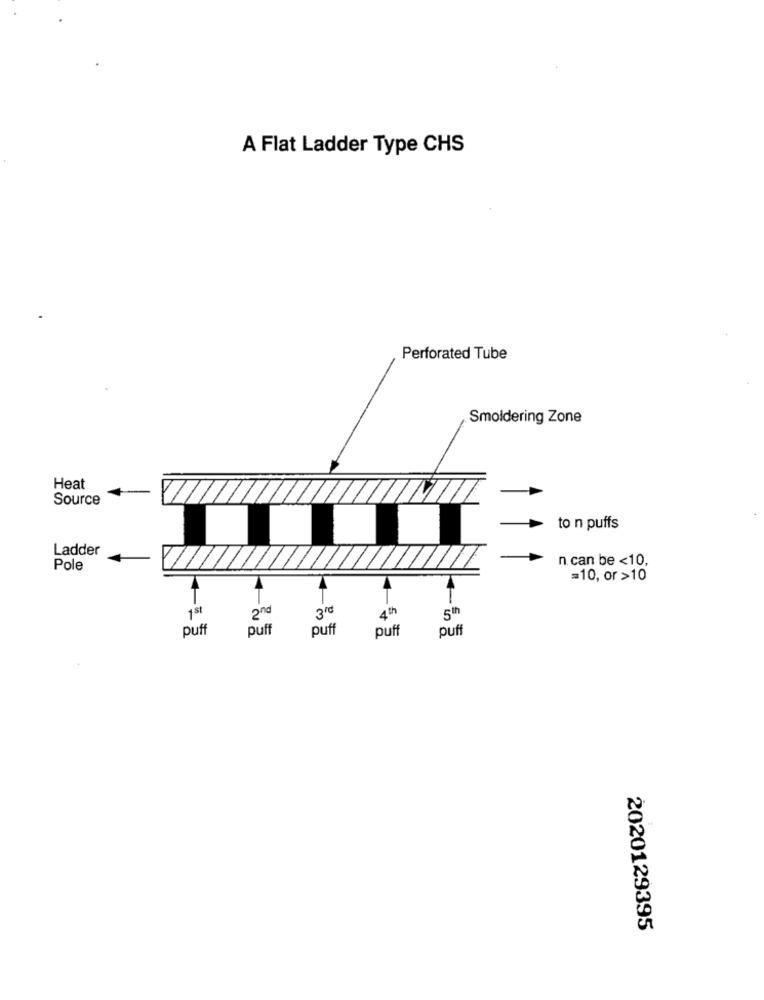
A Flat Ladder Type CHS
Perforated Tube
Smoldering Zone
Heat
Source
to n puffs
Ladder
n can be <10,
Pole
=10, or >10
T
T
1st
3rd
2nd
4th
puff
puff
puff
puff
puff
2020129395